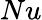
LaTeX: Nu